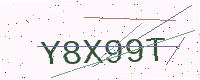
Text: Y8X99T